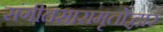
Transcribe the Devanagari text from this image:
संगीतसारामृतोद्धार